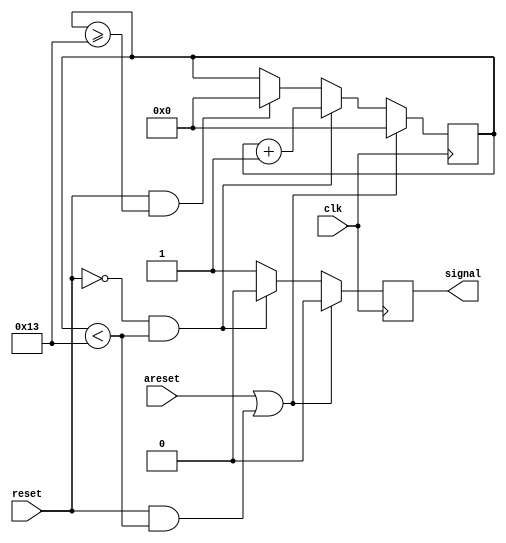
module counter (

    input clk,

    input reset,

    input areset,

    output signal);

    reg [5:0] count;
  
  

    always@(posedge clk)begin
      

        if(areset || (reset && count<6'd19) )

            begin

            count=6'd0;

            signal=0;

            end

        else if(~reset && count<6'd19)

            begin

            count++;

            signal=0;

            end

        else if(reset && count>=6'd19)

            begin

            count=6'd0;

            signal=1;

            end

        else

            signal=1;

            

    end

endmodule
module top_module(

    input clk,

    input areset,    

    input bump_left,

    input bump_right,

    input ground,

    input dig,

    output walk_left,

    output walk_right,

    output aaah,

    output digging ); 

    

    parameter LEFT=0,RIGHT=1,FALLING_LEFT=2,FALLING_RIGHT=3,DIGGING_LEFT=4,DIGGING_RIGHT=5,SPLAT=6;

    

    reg [2:0] state, next_state;

    

    wire splat_left,splat_right;

    

    counter A(clk,~(state==FALLING_LEFT),areset,splat_left);

    counter B(clk,~(state==FALLING_RIGHT),areset,splat_right);



    

    always @(*) begin

        case(state)

            LEFT:           next_state=(~ground)   ?    FALLING_LEFT   : ((dig)?  DIGGING_LEFT:((bump_left)?RIGHT:LEFT));

            RIGHT:          next_state=(~ground)   ?    FALLING_RIGHT  : ((dig)?  DIGGING_RIGHT:((bump_right )?LEFT:RIGHT));  

            FALLING_LEFT:   next_state=(ground)    ?    ((splat_left==1)? SPLAT:LEFT)  : FALLING_LEFT;

            FALLING_RIGHT:  next_state=(ground)    ?    ((splat_right==1)? SPLAT:RIGHT): FALLING_RIGHT;

            DIGGING_LEFT:   next_state=(ground)    ?    DIGGING_LEFT   : FALLING_LEFT;

            DIGGING_RIGHT:  next_state=(ground)    ?    DIGGING_RIGHT  : FALLING_RIGHT;

            SPLAT :         next_state=SPLAT;

        endcase

    end

  
  


    always @(posedge clk, posedge areset) begin

        if(areset==1)

            state<=LEFT;

        else

            state<=next_state;

    end

            

            

    assign walk_left=(state==LEFT)&&~(state==SPLAT);
  

    assign walk_right=(state==RIGHT)&&~(state==SPLAT);
  

    assign aaah=(state==FALLING_LEFT || state==FALLING_RIGHT)&&~(state==SPLAT);
  

    assign digging=(state==DIGGING_LEFT || state==DIGGING_RIGHT)&&~(state==SPLAT);           




endmodule